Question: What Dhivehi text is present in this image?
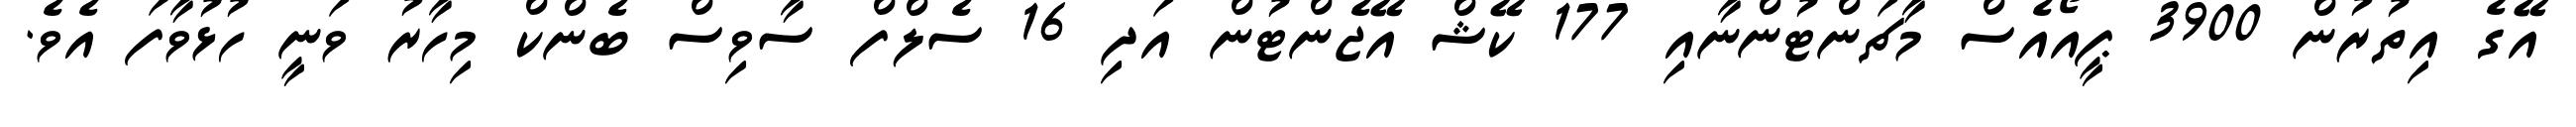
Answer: އޭގެ އިތުރުން 3900 ޕީއޯއެސް މާޗަންޓުންނާއި 177 ކޭޝް އޭޖެންޓުން އަދި 16 ސެލްފް ސާވިސް ބެންކް މިހާރު ވަނީ ހުޅުވާފަ އެވެ.